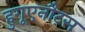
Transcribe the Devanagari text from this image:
हुगूएनौट्स